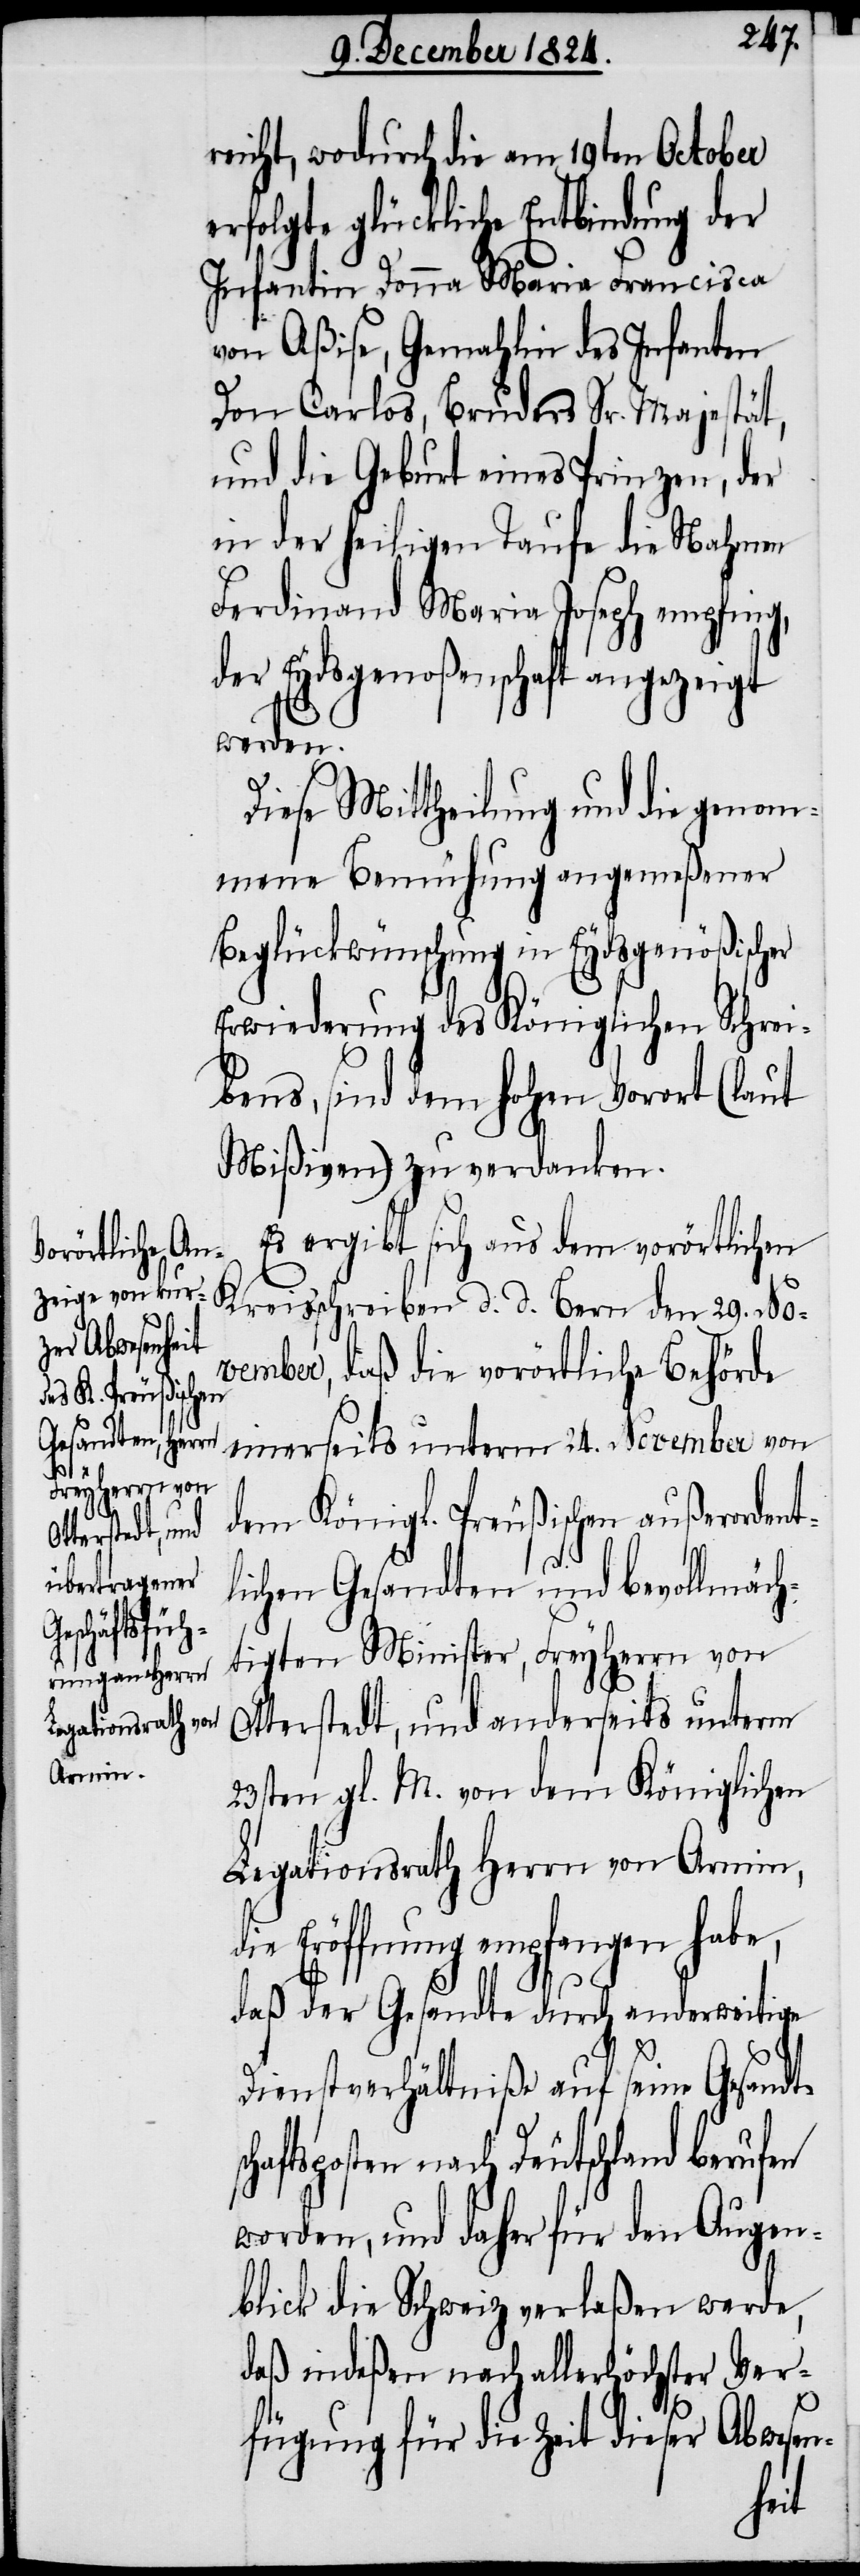
schafts¬

reicht, wodurch die vom 19ten October
erfolgte glückliche Entbindung der
Infantin Donna Maria Francisca
von Aßise, Gemahlin des Infanten
Don Carlos, Bruders Sr. Majestät,
und die Geburt eines Prinzen, der
in der heiligen Taufe die Nahmen
Ferdinand Maria Joseph empfing,
der Eydsgenoßenschaft angezeigt
werden.
Diese Mittheilung und die genom¬
mene Benühung angemeßener
Beglückwünschung in Eydsgenößischer
Erwiederung des Königlichen Schrei¬
bens, sind dem Hohen Vorort (laut
Mißiven) zu verdanken.
Es ergibt sich aus dem vorörtlichen
Kreisschreiben d. d. Bern den 29. No¬
vember, daß die vorörtliche Behörde
einerseits unterm 24. November von
dem Königl. Preußischen außerordent¬
lichen Gesandten und bevollmäch¬
tigten Minister, Freyherrn von
Otterstedt, und anderseits unterm
23sten gl. M. von dem Königlichen
Legationsrath Herrn von Arnim,
die Eröffnung empfangen habe,
daß der Gesandte durch anderweitige
Dienstverhältniße auf seine Gesandt¬
posten nach Deutschland berufen
worden, und daher für den Augen¬
blick die Schweiz verlaßen werde,
daß indeßen nach allerhöchster Ver¬
fügung für die Zeit dieser Abwesen-